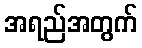
အရည်အတွက်